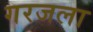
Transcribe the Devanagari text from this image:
गरजला